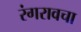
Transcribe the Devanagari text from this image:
रंगरावचा